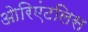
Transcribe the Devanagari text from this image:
ओरिएंटलिस